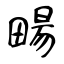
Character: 畼